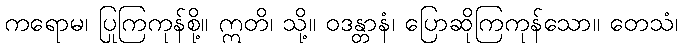
ကရောမ၊ ပြုကြကုန်စို့။ ဣတိ၊ သို့။ ဝဒန္တာနံ၊ ပြောဆိုကြကုန်သော။ တေသံ၊